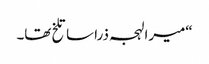
“میرا لہجہ ذرا سا تلخ تھا۔